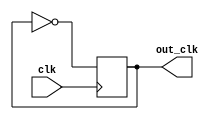
module frequency_divider_by2(clk,out_clk);
output reg out_clk;
input clk ;
initial
begin
out_clk <= 0;
end
always @(posedge clk)
begin
     out_clk <= ~out_clk;	
end
endmodule